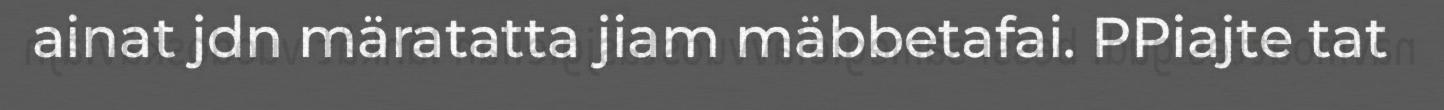
ainat jdn märatatta jiam mäbbetafai. PPiajte tat